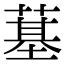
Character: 𦸀